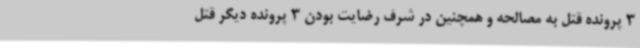
3 پرونده قتل به مصالحه و همچنین در شرف رضایت بودن 3 پرونده دیگر قتل